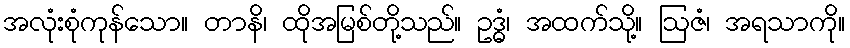
အလုံးစုံကုန်သော။ တာနိ၊ ထိုအမြစ်တို့သည်။ ဥဒ္ဓံ၊ အထက်သို့။ ဩဇံ၊ အရသာကို။